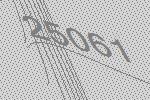
25061